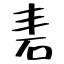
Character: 砉